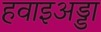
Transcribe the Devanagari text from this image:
हवाइअड्डा